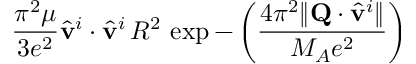
\frac { \pi ^ { 2 } \mu } { 3 e ^ { 2 } } \hat { \bf v } ^ { i } \cdot \hat { \bf v } ^ { i } \, R ^ { 2 } \, \exp - \left( \frac { 4 \pi ^ { 2 } \| { \bf Q } \cdot \hat { \bf v } ^ { i } \| } { M _ { A } e ^ { 2 } } \right)